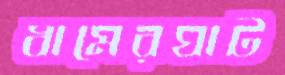
ধামেরঘাট